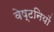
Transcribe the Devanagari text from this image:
वेष्टनियों